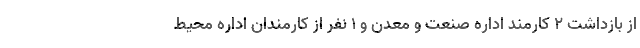
از بازداشت ۲ کارمند اداره صنعت و معدن و ۱ نفر از کارمندان اداره محیط